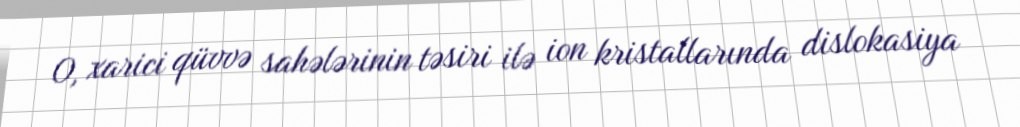
O, xarici qüvvə sahələrinin təsiri ilə ion kristallarında dislokasiya